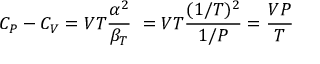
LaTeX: C _ { P } - C _ { V } = V T { \frac { \alpha ^ { 2 } } { \beta _ { T } } } \ = V T { \frac { ( 1 / T ) ^ { 2 } } { 1 / P } } = { \frac { V P } { T } }